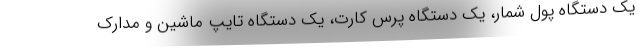
یک دستگاه پول شمار، یک دستگاه پرس کارت، یک دستگاه تایپ ماشین و مدارک